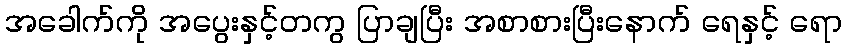
အခေါက်ကို အပွေးနှင့်တကွ ပြာချပြီး အစာစားပြီးနောက် ရေနှင့် ရော